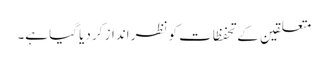
متعلقین کے تحفظات کو نظر انداز کر دیا گیا ہے۔